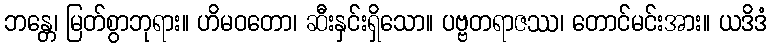
ဘန္တေ၊ မြတ်စွာဘုရား။ ဟိမဝတော၊ ဆီးနှင်းရှိသော။ ပဗ္ဗတရာဇဿ၊ တောင်မင်းအား။ ယဒိဒံ